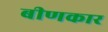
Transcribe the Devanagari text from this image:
बीणकार